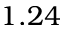
1 . 2 4